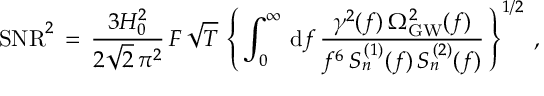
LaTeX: \mathrm { S N R } ^ { 2 } \, = \, \frac { 3 H _ { 0 } ^ { 2 } } { 2 \sqrt { 2 } \, \pi ^ { 2 } } \, F \, \sqrt { T } \, \left\{ \, \int _ { 0 } ^ { \infty } \, \mathrm { d } f \, \frac { \gamma ^ { 2 } ( f ) \, \Omega _ { \mathrm { G W } } ^ { 2 } ( f ) } { f ^ { 6 } \, S _ { n } ^ { \, ( 1 ) } ( f ) \, S _ { n } ^ { \, ( 2 ) } ( f ) } \, \right\} ^ { 1 / 2 } \; ,